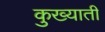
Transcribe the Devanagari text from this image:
कुख्याती